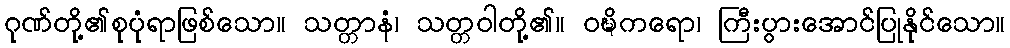
ဂုဏ်တို့၏စုပုံရာဖြစ်သော။ သတ္တာနံ၊ သတ္တဝါတို့၏။ ဝဍ္ဎိကရော၊ ကြီးပွားအောင်ပြုနိုင်သော။